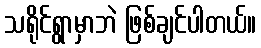
သရိုင်ရွာမှာဘဲ ဖြစ်ချင်ပါတယ်။